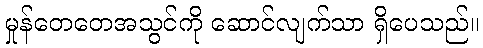
မှုန်တေတေအသွင်ကို ဆောင်လျက်သာ ရှိပေသည်။